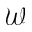
\mathcal { W }